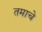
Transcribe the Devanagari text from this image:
तमाचे